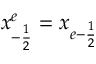
x _ { - \frac { 1 } { 2 } } ^ { e } = x _ { e - \frac { 1 } { 2 } }